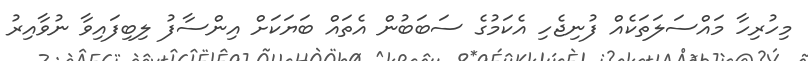
މިހުރިހާ މައްސަލަތަކެއް ފުނިޖެހި އެކަމުގެ ސަބަބުން އެތައް ބަޔަކަށް އިންސާފު ލިބިފައިވާ ނުވާއިރު